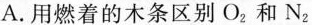
A.用燃着的木条区别O_{2}和N_{2}